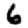
Digit: 6